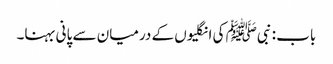
باب : نبیﷺ کی انگلیوں کے درمیان سے پانی بہنا۔